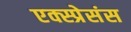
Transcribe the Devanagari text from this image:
एक्स्प्रेसंस